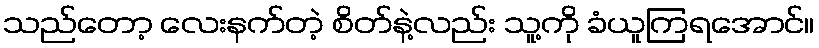
သည်တော့ လေးနက်တဲ့ စိတ်နဲ့လည်း သူ့ကို ခံယူကြရအောင်။